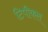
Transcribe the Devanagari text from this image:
टिपीकल